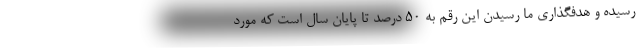
رسیده و هدفگذاری ما رسیدن این رقم به ۵۰ درصد تا پایان سال است که مورد